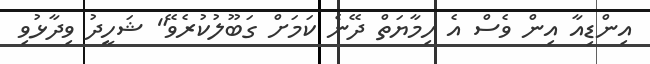
އިންޑިއާ އިން ވެސް އެ ހިމާޔަތް ދޭނެ ކަމަށް ގަބޫލުކުރެވޭ" ޝަހީދު ވިދާޅުވި